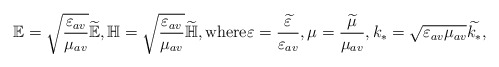
\begin{align*}\mathbb{E} = \sqrt{\frac{\varepsilon_{av}}{\mu_{av}}}\widetilde{\mathbb{E}}, \mathbb{H} =\sqrt{\frac{\varepsilon_{av}}{\mu_{av}}}\widetilde{\mathbb{H}}, {\rm where} \varepsilon= \frac{\widetilde{\varepsilon}}{\varepsilon_{av}}, \mu =\frac{\widetilde{\mu}}{\mu_{av}}, k_* = \sqrt{\varepsilon_{av}\mu_{av}} \widetilde{k_*},\end{align*}